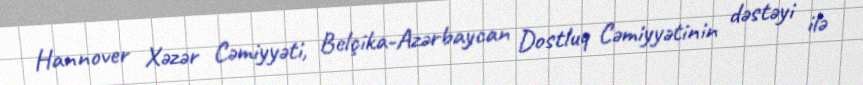
Hannover Xəzər Cəmiyyəti, Belçika-Azərbaycan Dostluq Cəmiyyətinin dəstəyi ilə